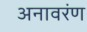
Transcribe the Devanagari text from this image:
अनावरंण